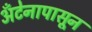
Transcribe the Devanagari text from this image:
अँटेनापासून